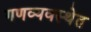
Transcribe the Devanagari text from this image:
गणव्यवस्थेत